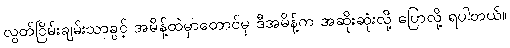
လွတ်ငြိမ်းချမ်းသာခွင့် အမိန့်ထဲမှာတောင်မှ ဒီအမိန့်က အဆိုးဆုံးလို့ ပြောလို့ ရပါတယ်။